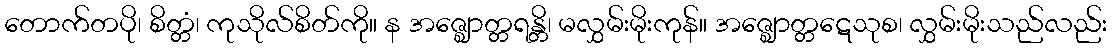
တောက်တပို၊ စိတ္တံ၊ ကုသိုလ်စိတ်ကို။ န အဇ္ဈောတ္တရန္တိ၊ မလွှမ်းမိုးကုန်။ အဇ္ဈောတ္တဋေသုစ၊ လွှမ်းမိုးသည်လည်း